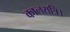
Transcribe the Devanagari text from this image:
कालरात्रि।